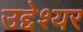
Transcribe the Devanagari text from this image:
उद्देश्यर